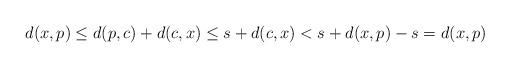
LaTeX: \begin{align*}d(x,p)\leq d(p,c)+d(c,x)\leq s+d(c,x)<s+d(x,p)-s=d(x,p)\end{align*}